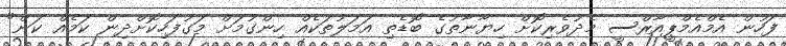
ފަހުން އެމްއެމްޕީއާރްސީ މެދުވެރިކޮށް ހިޔާނާތުގެ ބޮޑެތި އަމަލުތަކެއް ހިންގުމަށް މަގުފަހިކޮށްދިން ކަމެއް ކަން"